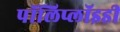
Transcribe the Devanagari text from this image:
पॉलिप्लॉइडी